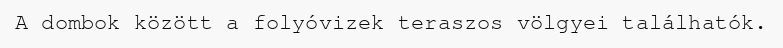
A dombok között a folyóvizek teraszos völgyei találhatók.